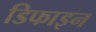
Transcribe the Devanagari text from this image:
डिफाइन